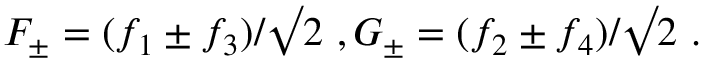
F _ { \pm } = ( f _ { 1 } \pm f _ { 3 } ) / \surd 2 \ , G _ { \pm } = ( f _ { 2 } \pm f _ { 4 } ) / \surd 2 \ .